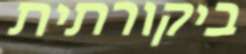
ביקורתית